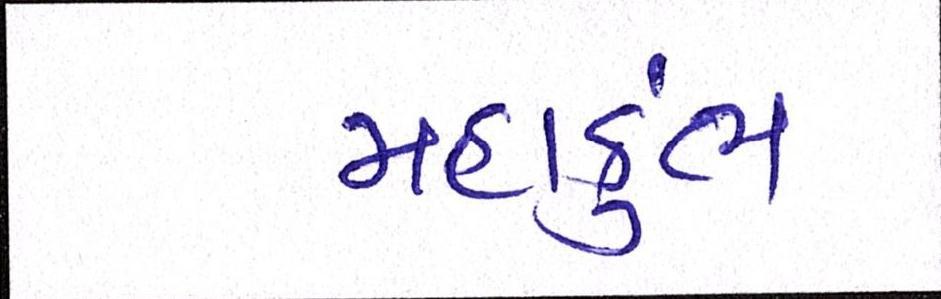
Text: મહાકુંભ